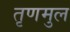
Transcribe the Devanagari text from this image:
तृणमुल